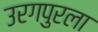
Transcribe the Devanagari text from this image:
उरगपुरला